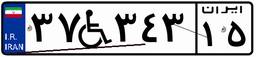
۳۷W۳۴۳۱۵